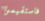
فاستقيموا